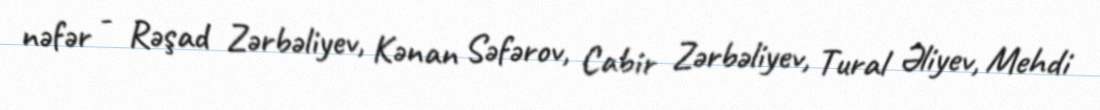
nəfər - Rəşad Zərbəliyev, Kənan Səfərov, Cabir Zərbəliyev, Tural Əliyev, Mehdi